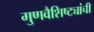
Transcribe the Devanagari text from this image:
गुणवैशिष्ट्यांची